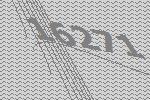
16271